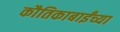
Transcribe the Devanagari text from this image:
कौतिकाबाईंच्या